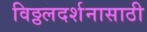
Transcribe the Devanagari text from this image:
विठ्ठलदर्शनासाठी